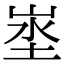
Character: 埊